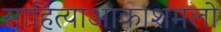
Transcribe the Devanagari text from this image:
साहित्याआकाशमलो